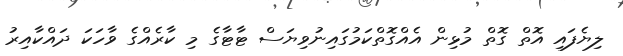
ލިޔެފައި އޮތް ގޮތް މުޅިން އެއްގޮތްކަމުގައިނުވިޔަސް ޓާޓާގެ މި ކާރެއްގެ ވާހަކަ ދައްކާއިރު